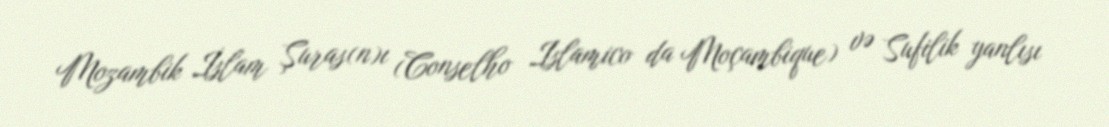
Mozambik İslam Şuras(n)ı (Conselho Islamico da Moçambique) və Sufilik yanlısı